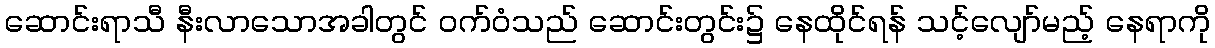
ဆောင်းရာသီ နီးလာသောအခါတွင် ဝက်ဝံသည် ဆောင်းတွင်း၌ နေထိုင်ရန် သင့်လျော်မည့် နေရာကို